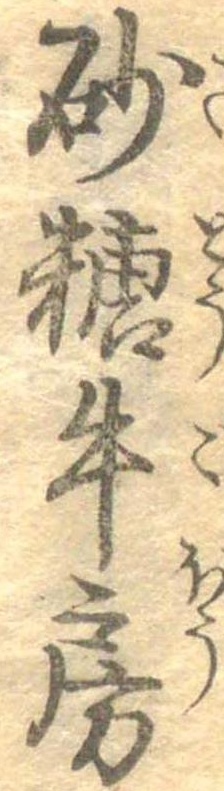
砂糖牛房